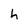
Character: h